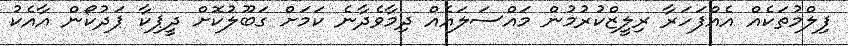
ފިލްމުތަކެއް އެއްފަހަރާ ރިލީޒްކުރުމުން މައްސަލައެއް ދިމާވެދާނެ ކަމަށް ގަބޫލުކޮށް ދީޕިކާ ޕަދުކޯން އާއެކު